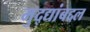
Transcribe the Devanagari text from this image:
मुद्द्यांबद्दल